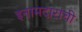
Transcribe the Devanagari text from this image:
इनामदारांची